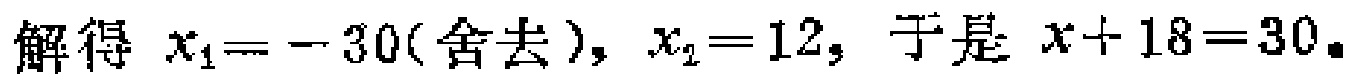
解得 \(x_{1}=-30(\text{舍去}),x_{2}=12\)，于是 \(x + 18 = 30\)。